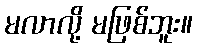
မလာလို့ မဖြစ်ဘူး။